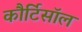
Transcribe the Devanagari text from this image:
कौर्टिसॉल